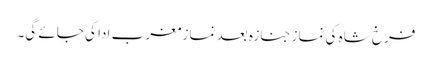
فرخ شاہ کی نماز جنازہ بعد نماز مغرب ادا کی جائے گی۔